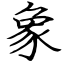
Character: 象